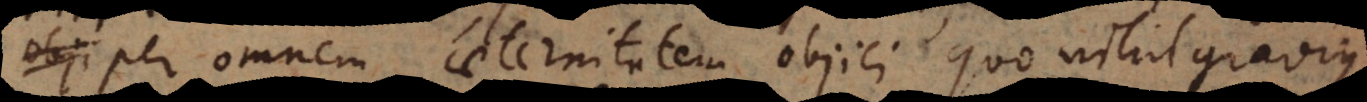
non per omnem aeternitatem objici quo nihil gravius